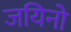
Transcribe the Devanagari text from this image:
जयिनो